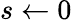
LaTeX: s\gets 0